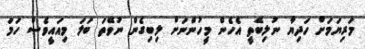
މަރިޔަމަށް ހަދިޔާ ނުލިބޭތީ އެހެން މީހުންނަށް ލިބިގެން ނުވޭތަ ބަލަ މިއައީވެސް ހަމަ